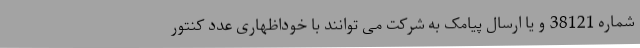
شماره 38121 و یا ارسال پیامک به شرکت می توانند با خوداظهاری عدد کنتور